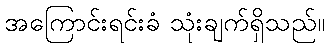
အကြောင်းရင်းခံ သုံးချက်ရှိသည်။